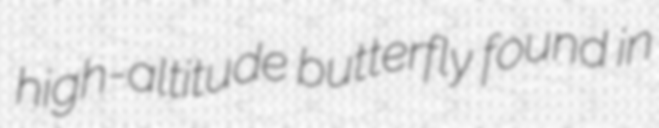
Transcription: high-altitude butterfly found in